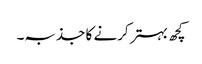
کچھ بہتر کرنے کا جذبہ۔